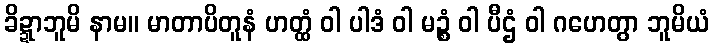
ခိဍ္ဍာဘူမိ နာမ။ မာတာပိတူနံ ဟတ္ထံ ဝါ ပါဒံ ဝါ မဉ္စံ ဝါ ပီဌံ ဝါ ဂဟေတွာ ဘူမိယံ